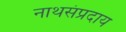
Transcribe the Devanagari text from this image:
नाथसंप्रदाय